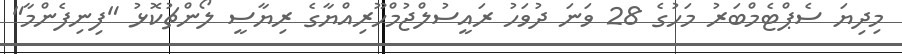
މިދިޔަ ސެޕްޓެމްބަރު މަހުގެ 28 ވަނަ ދުވަހު ރައީސުލްޖުމްހޫރިއްޔާގެ ރިޔާސީ ލޯންޗުކޮޅު "ފިނިފެންމާ"